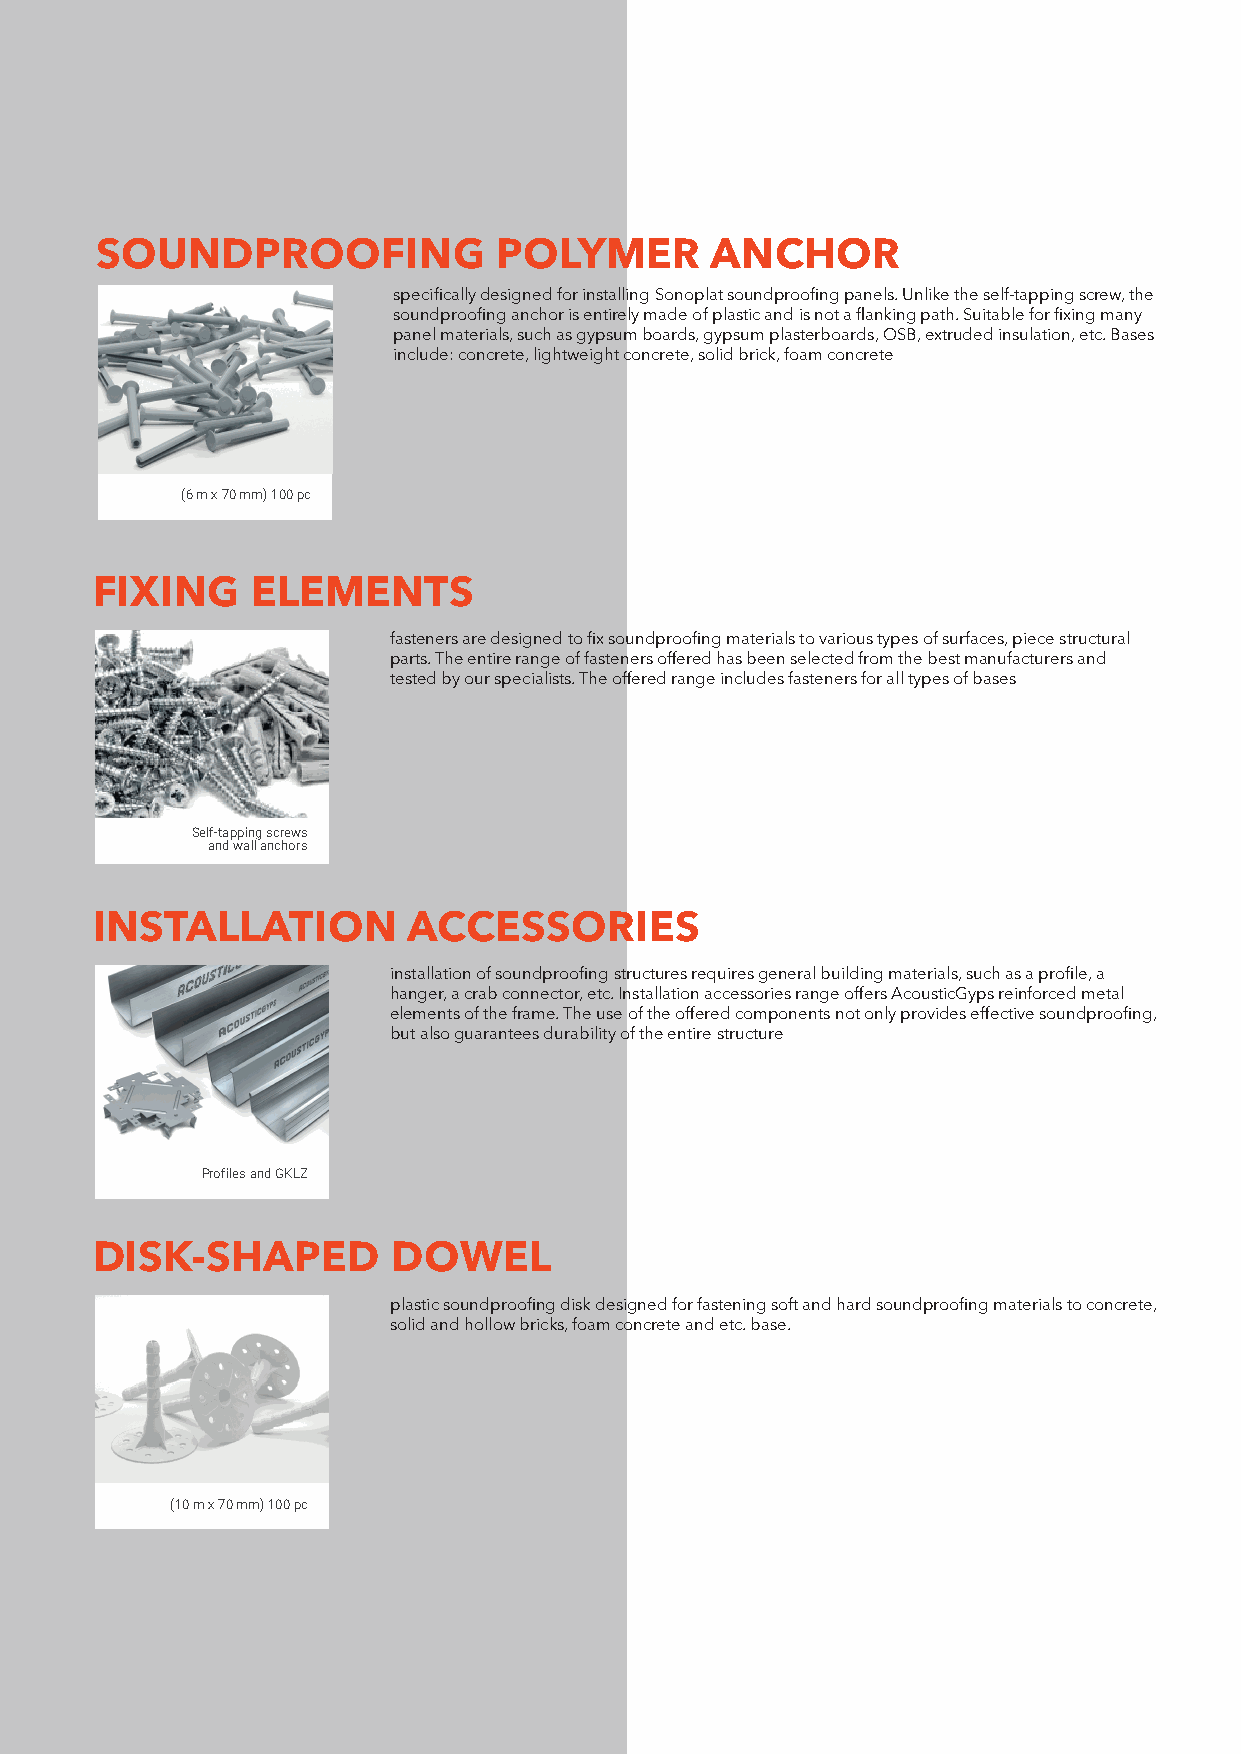
SOUNDPROOFING              POLYMER       ANCHOR
 specifically designed for installing Sonoplat soundproofing panels. Unlike the self-tapping screw, the
 soundproofing anchor is entirely made of plastic and is not a flanking path. Suitable for fixing many
 panel materials, such as gypsum boards, gypsum plasterboards, OSB, extruded insulation, etc. Bases
 include: concrete, lightweight concrete, solid brick, foam concrete
 (6 m x 70 mm) 100 pc
 FIXING     ELEMENTS
 fasteners are designed to fix soundproofing materials to various types of surfaces, piece structural
 parts. The entire range of fasteners offered has been selected from the best manufacturers and
 tested by our specialists. The offered range includes fasteners for all types of bases
 Self-tapping screws
 and wall anchors
 INSTALLATION         ACCESSORIES
 installation of soundproofing structures requires general building materials, such as a profile, a
 hanger, a crab connector, etc. Installation accessories range offers AcousticGyps reinforced metal
 elements of the frame. The use of the offered components not only provides effective soundproofing,
 but also guarantees durability of the entire structure
 Profiles and GKLZ
 DISK-SHAPED         DOWEL
 plastic soundproofing disk designed for fastening soft and hard soundproofing materials to concrete,
 solid and hollow bricks, foam concrete and etc. base.
 (10 m x 70 mm) 100 pc